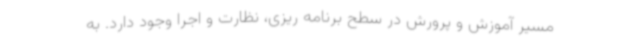
مسیر آموزش و پرورش در سطح برنامه ریزی، نظارت و اجرا وجود دارد. به